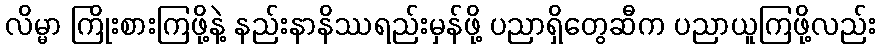
လိမ္မာ ကြိုးစားကြဖို့နဲ့ နည်းနာနိဿရည်းမှန်ဖို့ ပညာရှိတွေဆီက ပညာယူကြဖို့လည်း